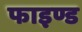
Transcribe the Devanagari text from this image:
फाइण्ड